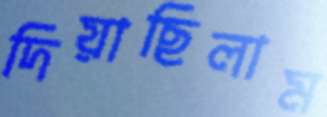
দিয়াছিলাম